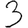
Digit: 3